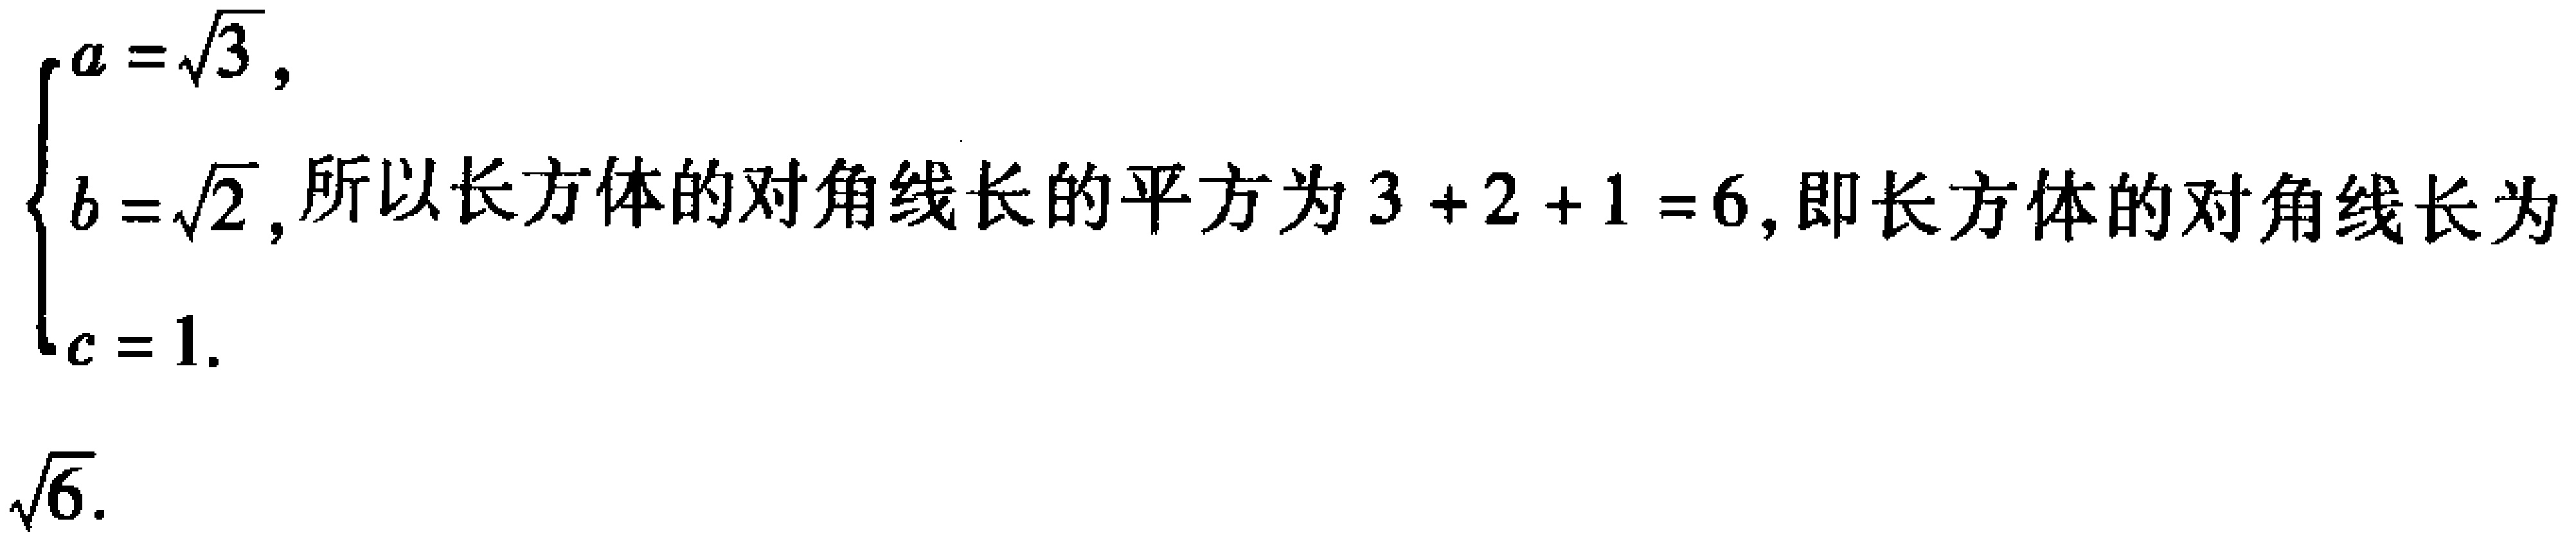
$\begin{cases}
a = \sqrt{3}, \\
b = \sqrt{2}, \\
c = 1.
\end{cases}$所以长方体的对角线长的平方为$3 + 2 + 1 = 6$, 即长方体的对角线长为$\sqrt{6}$.